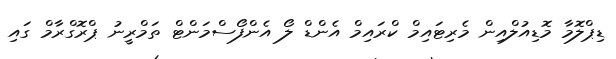
ޑިޕްލޮމާ މޮޑިއުލްއިން މެރިޓައިމް ކްރައިމް އެންޑް ލޯ އެންފޯސްމަންޓް ތަމްރީނު ޕްރޮގްރާމް ގައި